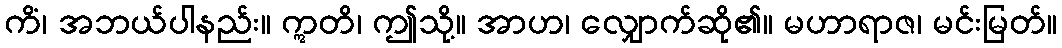
ကိံ၊ အဘယ်ပါနည်း။ ဣတိ၊ ဤသို့။ အာဟ၊ လျှောက်ဆို၏။ မဟာရာဇ၊ မင်းမြတ်။